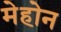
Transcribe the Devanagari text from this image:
मेहोन